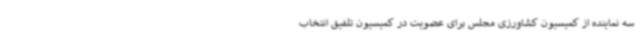
سه نماینده از کمیسیون کشاورزی مجلس برای عضویت در کمیسیون تلفیق انتخاب